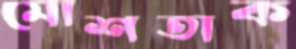
মোশতাক